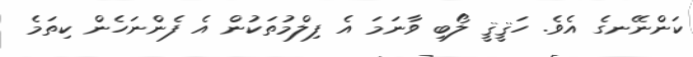
ކަންނޭނގެ އެވެ. ހަޤީޤީ ލޯބި ވާނަމަ އެ ފިލްމުތަކުން އެ ފެންނަހެން ކިތަމެ